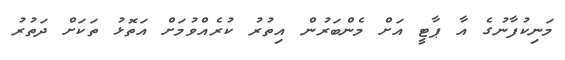
މަނިކުފާނުގެ އާ ޕާޓީ އަށް މެންބަރުން އިތުރު ކުރެއްވުމަށް އަތޮޅު ތަކަށް ދަތުރު